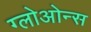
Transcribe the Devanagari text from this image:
ग्लोओन्स